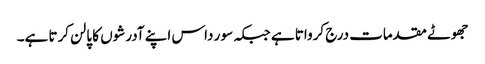
جھوٹے مقدمات درج کرواتا ہے جبکہ سو ر داس اپنے آدرشوں کا پالن کرتا ہے۔